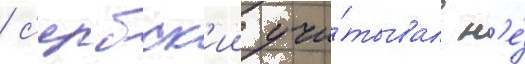
/ с'ербск'ии учи́тывал н'е́